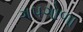
ગપગોળા